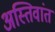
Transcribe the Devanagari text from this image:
अस्तिवांत